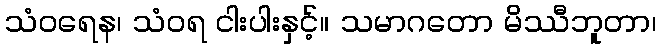
သံဝရေန၊ သံဝရ ငါးပါးနှင့်။ သမာဂတော မိဿီဘူတာ၊